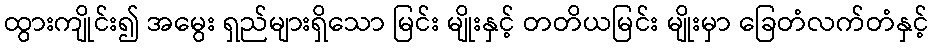
ထွားကျိုင်း၍ အမွေး ရှည်များရှိသော မြင်း မျိုးနှင့် တတိယမြင်း မျိုးမှာ ခြေတံလက်တံနှင့်